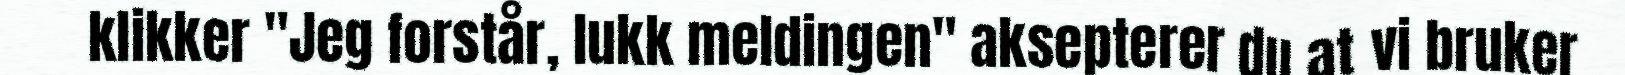
klikker "Jeg forstår, lukk meldingen" aksepterer du at vi bruker